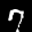
Label: 7